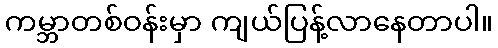
ကမ္ဘာတစ်ဝန်းမှာ ကျယ်ပြန့်လာနေတာပါ။